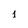
Character: 1